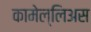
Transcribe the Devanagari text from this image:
कामेल्लिअस